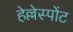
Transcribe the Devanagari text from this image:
हेल्लेस्पोंट